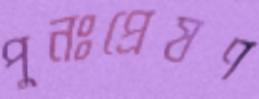
পুনঃপ্রেষণ